system: You are a helpful assistant.
user:
Analyze the provided spectrum to determine if it is a **S-type Star**.

- **Key Indicators for S-type Star:**

    - **(Overall Spectrum Shape):** The first and most obvious characteristic is the overall continuum (the "baseline" shape). It is **extremely "red-sloping,"** meaning the flux (light intensity) is very low on the left side (blue, ~4000-4500 Å) and rises steeply and continuously toward the right side (red, ~7000 Å+).

    - **(Primary):** The spectrum is defined by the presence of strong, broad molecular absorption "valleys" (bands) from **Zirconium Oxide (ZrO)**. The identification of these bands is the **primary requirement** for classifying a star as S-type.
        - **(Key Bandheads):** You must find distinct, deep "dips" where the light has been absorbed. The most critical band systems to locate are:
            - **~6474 Å** ($\gamma$-system): This is often the strongest and clearest ZrO feature, found in the red part of the spectrum.
            - **~5718 Å** & **~5551 Å** ($\beta$-system): A pair of prominent absorption features in the yellow-orange part of the spectrum.
            - **~4640 Å** ($\alpha$-system): A key absorption band system in the blue-green region of the spectrum.

    - **(Secondary Confirmation):** The classification is strengthened by finding additional absorption bands from other related heavy element oxides, which are expected to be present alongside ZrO.
        - **(Key Bandheads):**
            - **Yttrium Oxide (YO):** Look for absorption dips near **~4800 Å** and **~6100 Å**.
            - **Lanthanum Oxide (LaO):** Additional absorption features, particularly in the red-orange part of the spectrum, are also characteristic.

    - **(Line Profile):** The combination of the steep red continuum and these numerous, deep molecular bands (ZrO, YO, etc.) gives the entire spectrum a very **"chopped-up"** or **"bumpy"** appearance. Instead of a smooth curve, the spectrum looks as though large, wide chunks of light have been "carved out" of it at the specific wavelengths listed above.

Think first, call **spectral_visualization_tool** if needed to examine features in detail, then provide your final answer. Your response must adhere to the following strict rules:
1.  **Overall Structure:** Your response must follow the format `<think>...</think> <tool_call>...</tool_call> (if a tool is used) <answer>...</answer>`.
2.  **Tool Usage Constraint:** You may only make **one** tool call per turn.
3.  **Final Answer Format:** In the `<answer>` tag, your conclusion must be inside a `\boxed{}` command (e.g., `\boxed{YES}` or `\boxed{NO}`), followed by your justification.

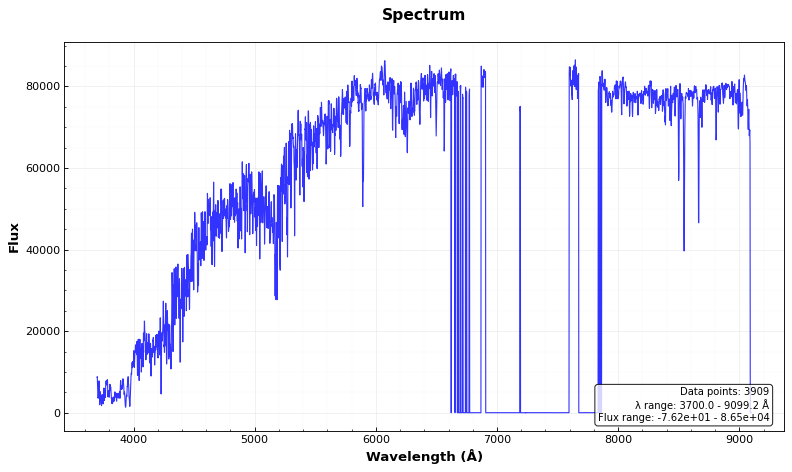
Answer: NO